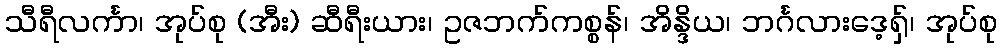
သီရီလင်္ကာ၊ အုပ်စု (အီး) ဆီရီးယား၊ ဥဇဘက်ကစ္စန်၊ အိန္ဒိယ၊ ဘင်္ဂလားဒေ့ရှ်၊ အုပ်စု